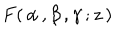
LaTeX: \: F ( \, \alpha \, , \beta \, , \gamma \, ; z \, ) \: